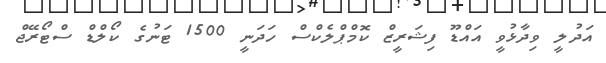
އަދުލީ ވިދާޅުވީ އައްޑޫ ފިޝަރީޒް ކޮމްޕްލެކްސް ހަދަނީ 1500 ޓަނުގެ ކޯލްޑް ސްޓޯރޭޖް